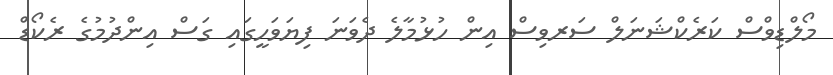
މޯލްޑިވްސް ކަރެކްޝަނަލް ސަރވިސް އިން ހުޅުމާލެ ދެވަނަ ފިޔަވަހީގައި ގަސް އިންދުމުގެ ރެކޯޑް